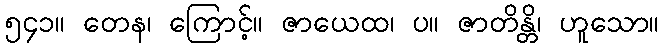
၅၄၁။ တေန၊ ကြောင့်။ ဇာယေထ၊ ပ။ ဇာတိန္တိ၊ ဟူသော။